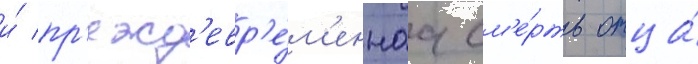
и́ пр'ежд'евр'е́м'еннаа см'е́рть отца́